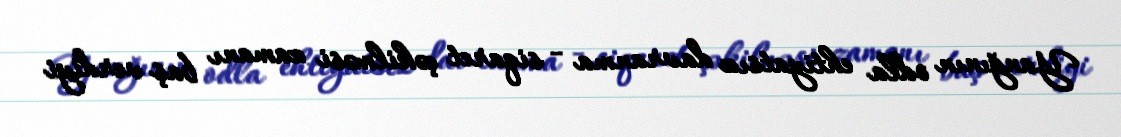
Yanğının odla ehtiyatsız davranma - siqaret çəkilməsi zamanı baş verdiyi